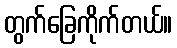
တွက်ခြေကိုက်တယ်။